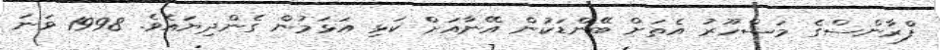
ފްރާންސްގެ މަޝްހޫރު އެތަށް ބޭންޑަކުން އޭނާއަށް ކަޅި އަޅަމުން ގެންދިޔައެވެ. 1998 ވަނަ